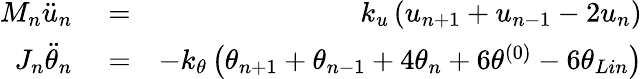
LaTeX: \begin{array}{rlr}{{{M}_{n}}{{\ddot{u}}_{n}}}&{{}=}&{{{k}_{u}}\left({{u}_{n+1}}+{{u}_{n-1}}-2{{u}_{n}}\right)}\\ {{{J}_{n}}{{\ddot{\theta}}_{n}}}&{{}=}&{-{{k}_{\theta}}\left({{\theta}_{n+1}}+{{\theta}_{n-1}}+4{{\theta}_{n}}+6{{\theta}^{(0)}}-6\theta_{Lin}\right)}\end{array}